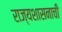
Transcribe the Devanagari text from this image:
राज्यशासनाची